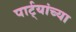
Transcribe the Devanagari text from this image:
पार्ट्यांच्या